Civil Veterinary Department ledger series I-VI
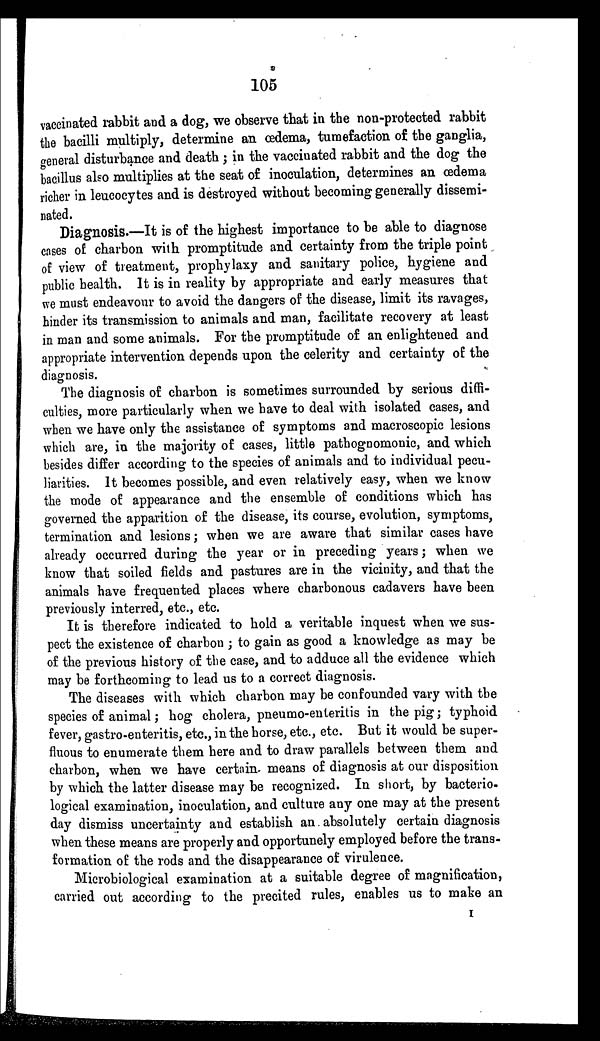
105
vaccinated rabbit and a dog, we observe that in the non-protected rabbit
the bacilli multiply, determine an œdema, tumefaction of the ganglia,
general disturbance and death; in the vaccinated rabbit and the dog the
bacillus also multiplies at the seat of inoculation, determines an oedema
richer in leucocytes and is destroyed without becoming generally dissemi-
nated.
Diagnosis.—It is of the highest importance to be able to diagnose
cases of charbon with promptitude and certainty from the triple point
of view of treatment, prophylaxy and sanitary police, hygiene and
public health. It is in reality by appropriate and early measures that
we must endeavour to avoid the dangers of the disease, limit its ravages,
hinder its transmission to animals and man, facilitate recovery at least
in man and some animals. For the promptitude of an enlightened and
appropriate intervention depends upon the celerity and certainty of the
diagnosis.
The diagnosis of charbon is sometimes surrounded by serious diffi-
culties, more particularly when we have to deal with isolated cases, and
when we have only the assistance of symptoms and macroscopic lesions
which are, in the majority of cases, little pathognomonic, and which
besides differ according to the species of animals and to individual pecu-
liarities. It becomes possible, and even relatively easy, when we know
the mode of appearance and the ensemble of conditions which has
governed the apparition of the disease, its course, evolution, symptoms,
termination and lesions; when we are aware that similar cases have
already occurred during the year or in preceding years; when we
know that soiled fields and pastures are in the vicinity, and that the
animals have frequented places where charbonous cadavers have been
previously interred, etc., etc.
It is therefore indicated to hold a veritable inquest when we sus-
pect the existence of charbon; to gain as good a knowledge as may be
of the previous history of the case, and to adduce all the evidence which
may be forthcoming to lead us to a correct diagnosis.
The diseases with which charbon may be confounded vary with the
species of animal; hog cholera, pneumo-enteritis in the pig; typhoid
fever, gastro-enteritis, etc., in the horse, etc., etc. But it would be super-
fluous to enumerate them here and to draw parallels between them and
charbon, when we have certain means of diagnosis at our disposition
by which the latter disease may be recognized. In short, by bacterio-
logical examination, inoculation, and culture any one may at the present
day dismiss uncertainty and establish an absolutely certain diagnosis
when these means are properly and opportunely employed before the trans-
formation of: the rods and the disappearance of virulence.
Microbiological examination at a suitable degree of magnification,
carried out according to the precited rules, enables us to make an
I